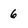
Character: 6